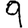
Digit: 9